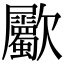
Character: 𣥀